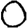
Digit: 0